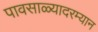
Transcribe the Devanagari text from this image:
पावसाळ्यादरम्यान